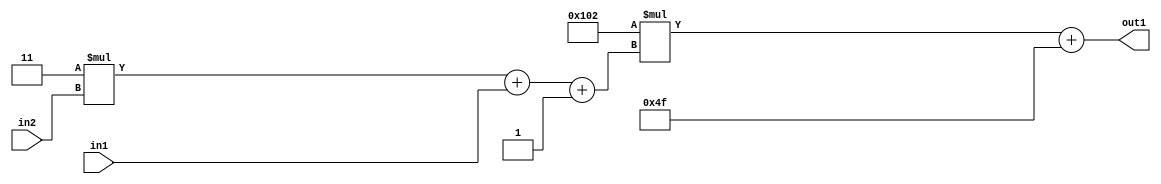
`timescale 1ps / 1ps
/*****************************************************************************
    Verilog RTL Description
    
    
    Created by: Stratus DpOpt 2019.1.01 
*******************************************************************************/

module DC_Filter_Add2i79Mul2i258Add3i1u1Mul2i3u2_4 (
	in2,
	in1,
	out1
	); /* architecture "behavioural" */ 
input [1:0] in2;
input  in1;
output [11:0] out1;
wire [11:0] asc001;
wire [3:0] asc002;

wire [3:0] asc002_tmp_0;
wire [3:0] asc002_tmp_1;
assign asc002_tmp_1 = 
	+(4'B0011 * in2);
assign asc002_tmp_0 = asc002_tmp_1
	+(in1);
assign asc002 = asc002_tmp_0
	+(4'B0001);

wire [11:0] asc001_tmp_2;
assign asc001_tmp_2 = 
	+(12'B000100000010 * asc002);
assign asc001 = asc001_tmp_2
	+(12'B000001001111);

assign out1 = asc001;
endmodule

/* CADENCE  vrP1Tw0= : u9/ySgnWtBlWxVPRXgAZ4Og= ** DO NOT EDIT THIS LINE ******/